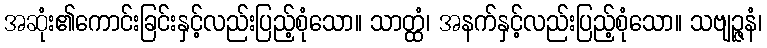
အဆုံး၏ကောင်းခြင်းနှင့်လည်းပြည့်စုံသော။ သာတ္ထံ၊ အနက်နှင့်လည်းပြည့်စုံသော။ သဗျဉ္ဇနံ၊